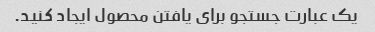
یک عبارت جستجو برای یافتن محصول ایجاد کنید.